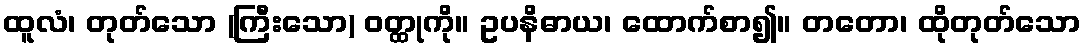
ထူလံ၊ တုတ်သော (ကြီးသော) ဝတ္ထုကို။ ဥပနိဓာယ၊ ထောက်စာ၍။ တတော၊ ထိုတုတ်သော